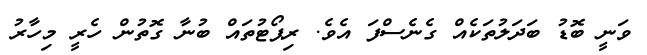
ވަނީ ބޮޑު ބަދަލުތަކެއް ގެނެސްފަ އެވެ. ރިޕޯޓުތައް ބުނާ ގޮތުން ހެރީ މިހާރު